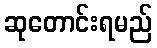
ဆုတောင်းရမည်